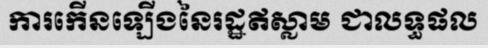
ការកើនឡើងនៃរដ្ឋឥស្លាម ជាលទ្ធផល